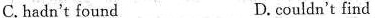
C.hadn't found D. couldn't find